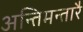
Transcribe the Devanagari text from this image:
अन्तिमन्तारै